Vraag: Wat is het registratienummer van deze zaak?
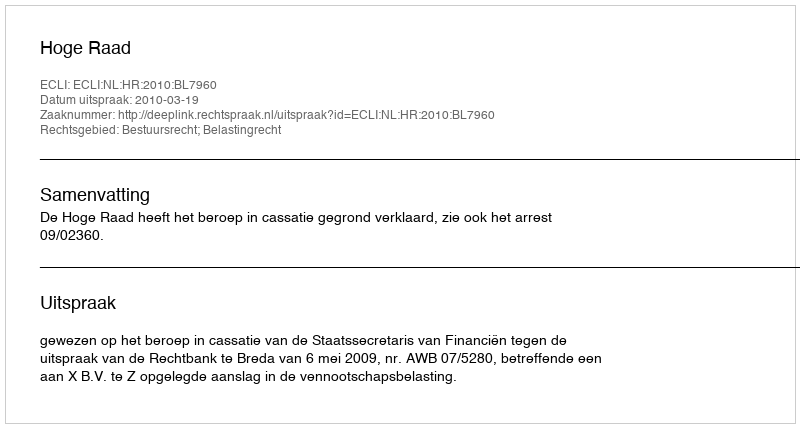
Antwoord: http://deeplink.rechtspraak.nl/uitspraak?id=ECLI:NL:HR:2010:BL7960